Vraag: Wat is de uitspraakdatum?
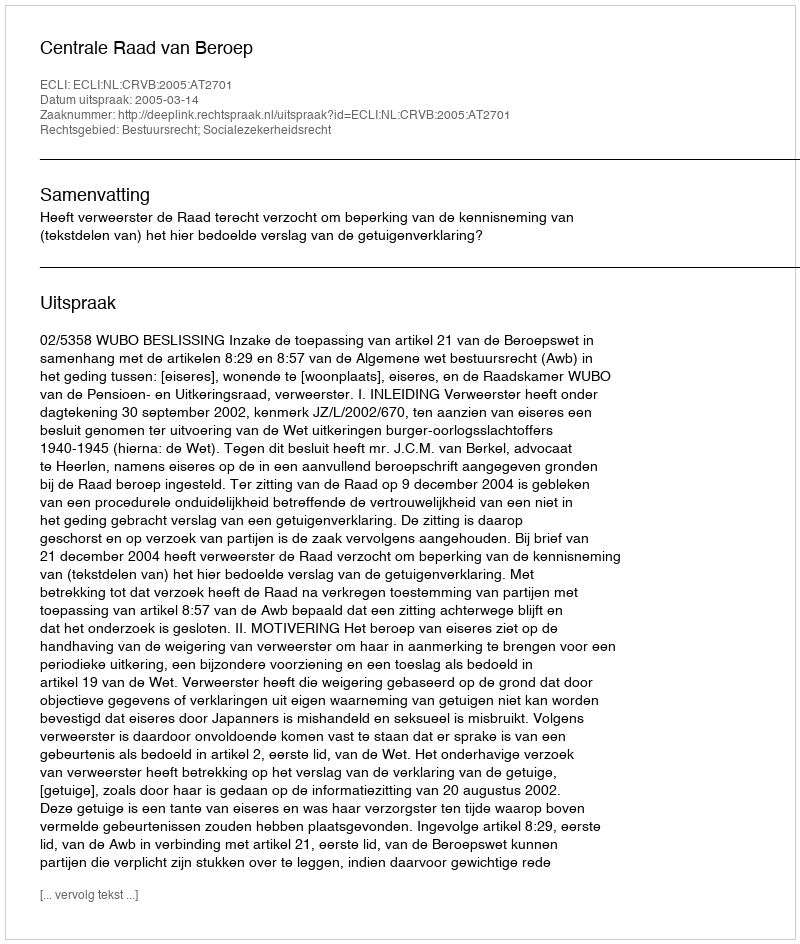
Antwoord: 2005-03-14